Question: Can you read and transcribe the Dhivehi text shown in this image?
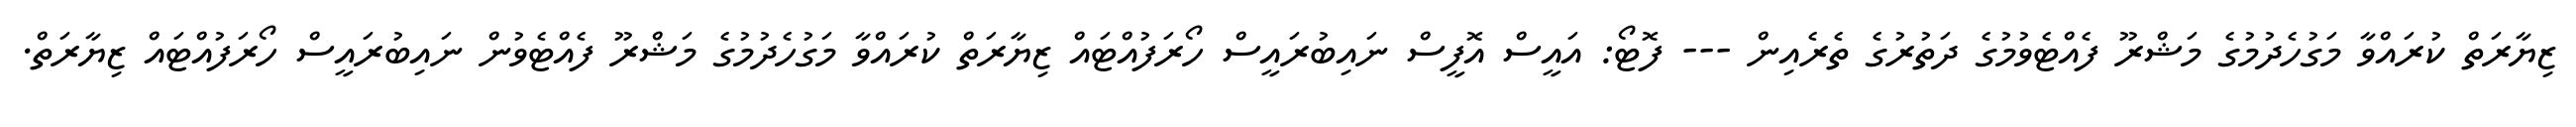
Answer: ޒިޔާރަތް ކުރައްވާ މަގުހެދުމުގެ މަޝްރޫ ފެއްޓެވުމުގެ ދަތުރުގެ ތެރެއިން --- ފޮޓޯ: އައީސް އޮފީސް ނައިބުރައީސް ހޯރަފުއްޓައް ޒިޔާރަތް ކުރައްވާ މަގުހެދުމުގެ މަޝްރޫ ފެއްޓެވުން ނައިބުރައީސް ހޯރަފުއްޓައް ޒިޔާރަތް.